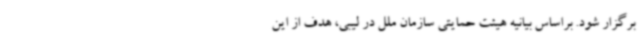
برگزار شود. براساس بیانیه هیئت حمایتی سازمان ملل در لیبی، هدف از این